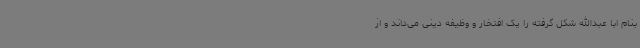
بنام ابا عبدالله شکل گرفته را یک افتخار و وظیفه دینی می‌داند و از